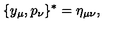
\{ y _ { \mu } , p _ { \nu } \} ^ { * } = \eta _ { \mu \nu } ,